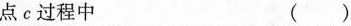
点c过程中 ( )